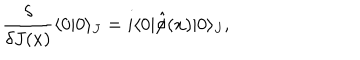
LaTeX: \frac { \delta } { \delta J ( x ) } \langle 0 | 0 \rangle _ { J } = i \langle 0 | \hat { \phi } ( x ) | 0 \rangle _ { J } ,